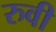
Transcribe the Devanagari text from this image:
रुवी